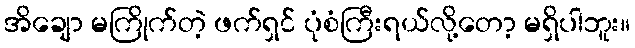
အိချော မကြိုက်တဲ့ ဖက်ရှင် ပုံစံကြီးရယ်လို့တော့ မရှိပါဘူး။